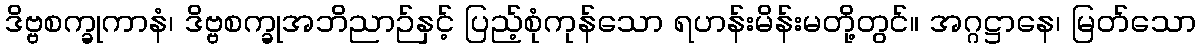
ဒိဗ္ဗစက္ခုကာနံ၊ ဒိဗ္ဗစက္ခုအဘိညာဉ်နှင့် ပြည့်စုံကုန်သော ရဟန်းမိန်းမတို့တွင်။ အဂ္ဂဋ္ဌာနေ၊ မြတ်သော